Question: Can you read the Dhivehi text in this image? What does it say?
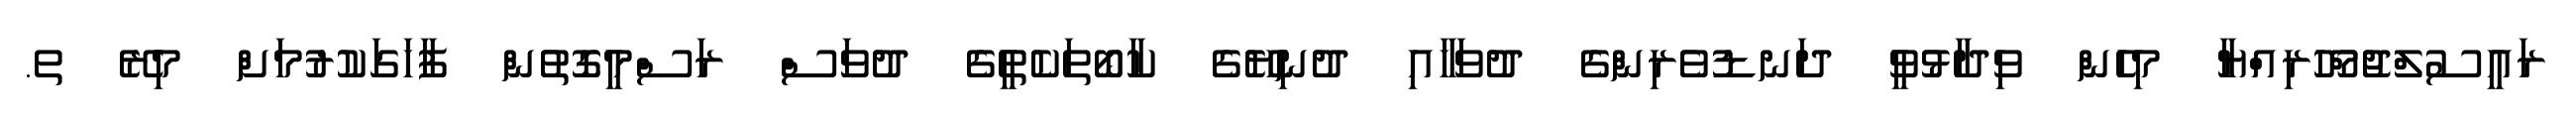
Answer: ރައީސުލްޖުމްހޫރިއްޔާ މިހެން ވިދާޅުވީ ދަނޑުވެރިންގެ ދުވަހާއި ދުނިޔޭގެ ކާބޯތަކެތީގެ ދުވަސް ރަސްމީގޮތުން ފާހަގަކުރުމަށް މިރޭ ތ.